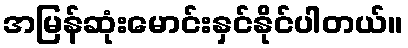
အမြန်ဆုံးမောင်းနှင်နိုင်ပါတယ်။